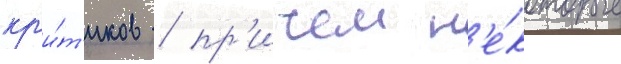
кр'и́т'иков / пр'ичем н'е́которые